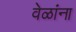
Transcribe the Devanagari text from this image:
वेळांना